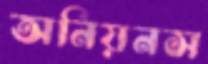
অনিয়নস